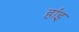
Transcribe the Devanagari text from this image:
हांइ